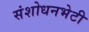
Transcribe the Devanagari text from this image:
संशोधनभेटी